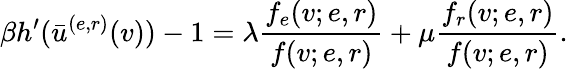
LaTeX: \beta h^{\prime}(\bar{u}^{(e,r)}(v))-1=\lambda\frac{f_{e}(v;e,r)}{f(v;e,r)}+\mu\frac{f_{r}(v;e,r)}{f(v;e,r)}.